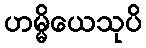
ဟမ္မိယေသုပိ